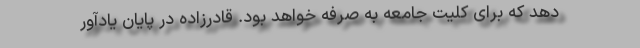
دهد که برای کلیت جامعه به صرفه خواهد بود. قادرزاده در پایان یادآور